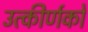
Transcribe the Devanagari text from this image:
उत्‍कीर्णकों